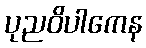
ပုညဝိပါကေန